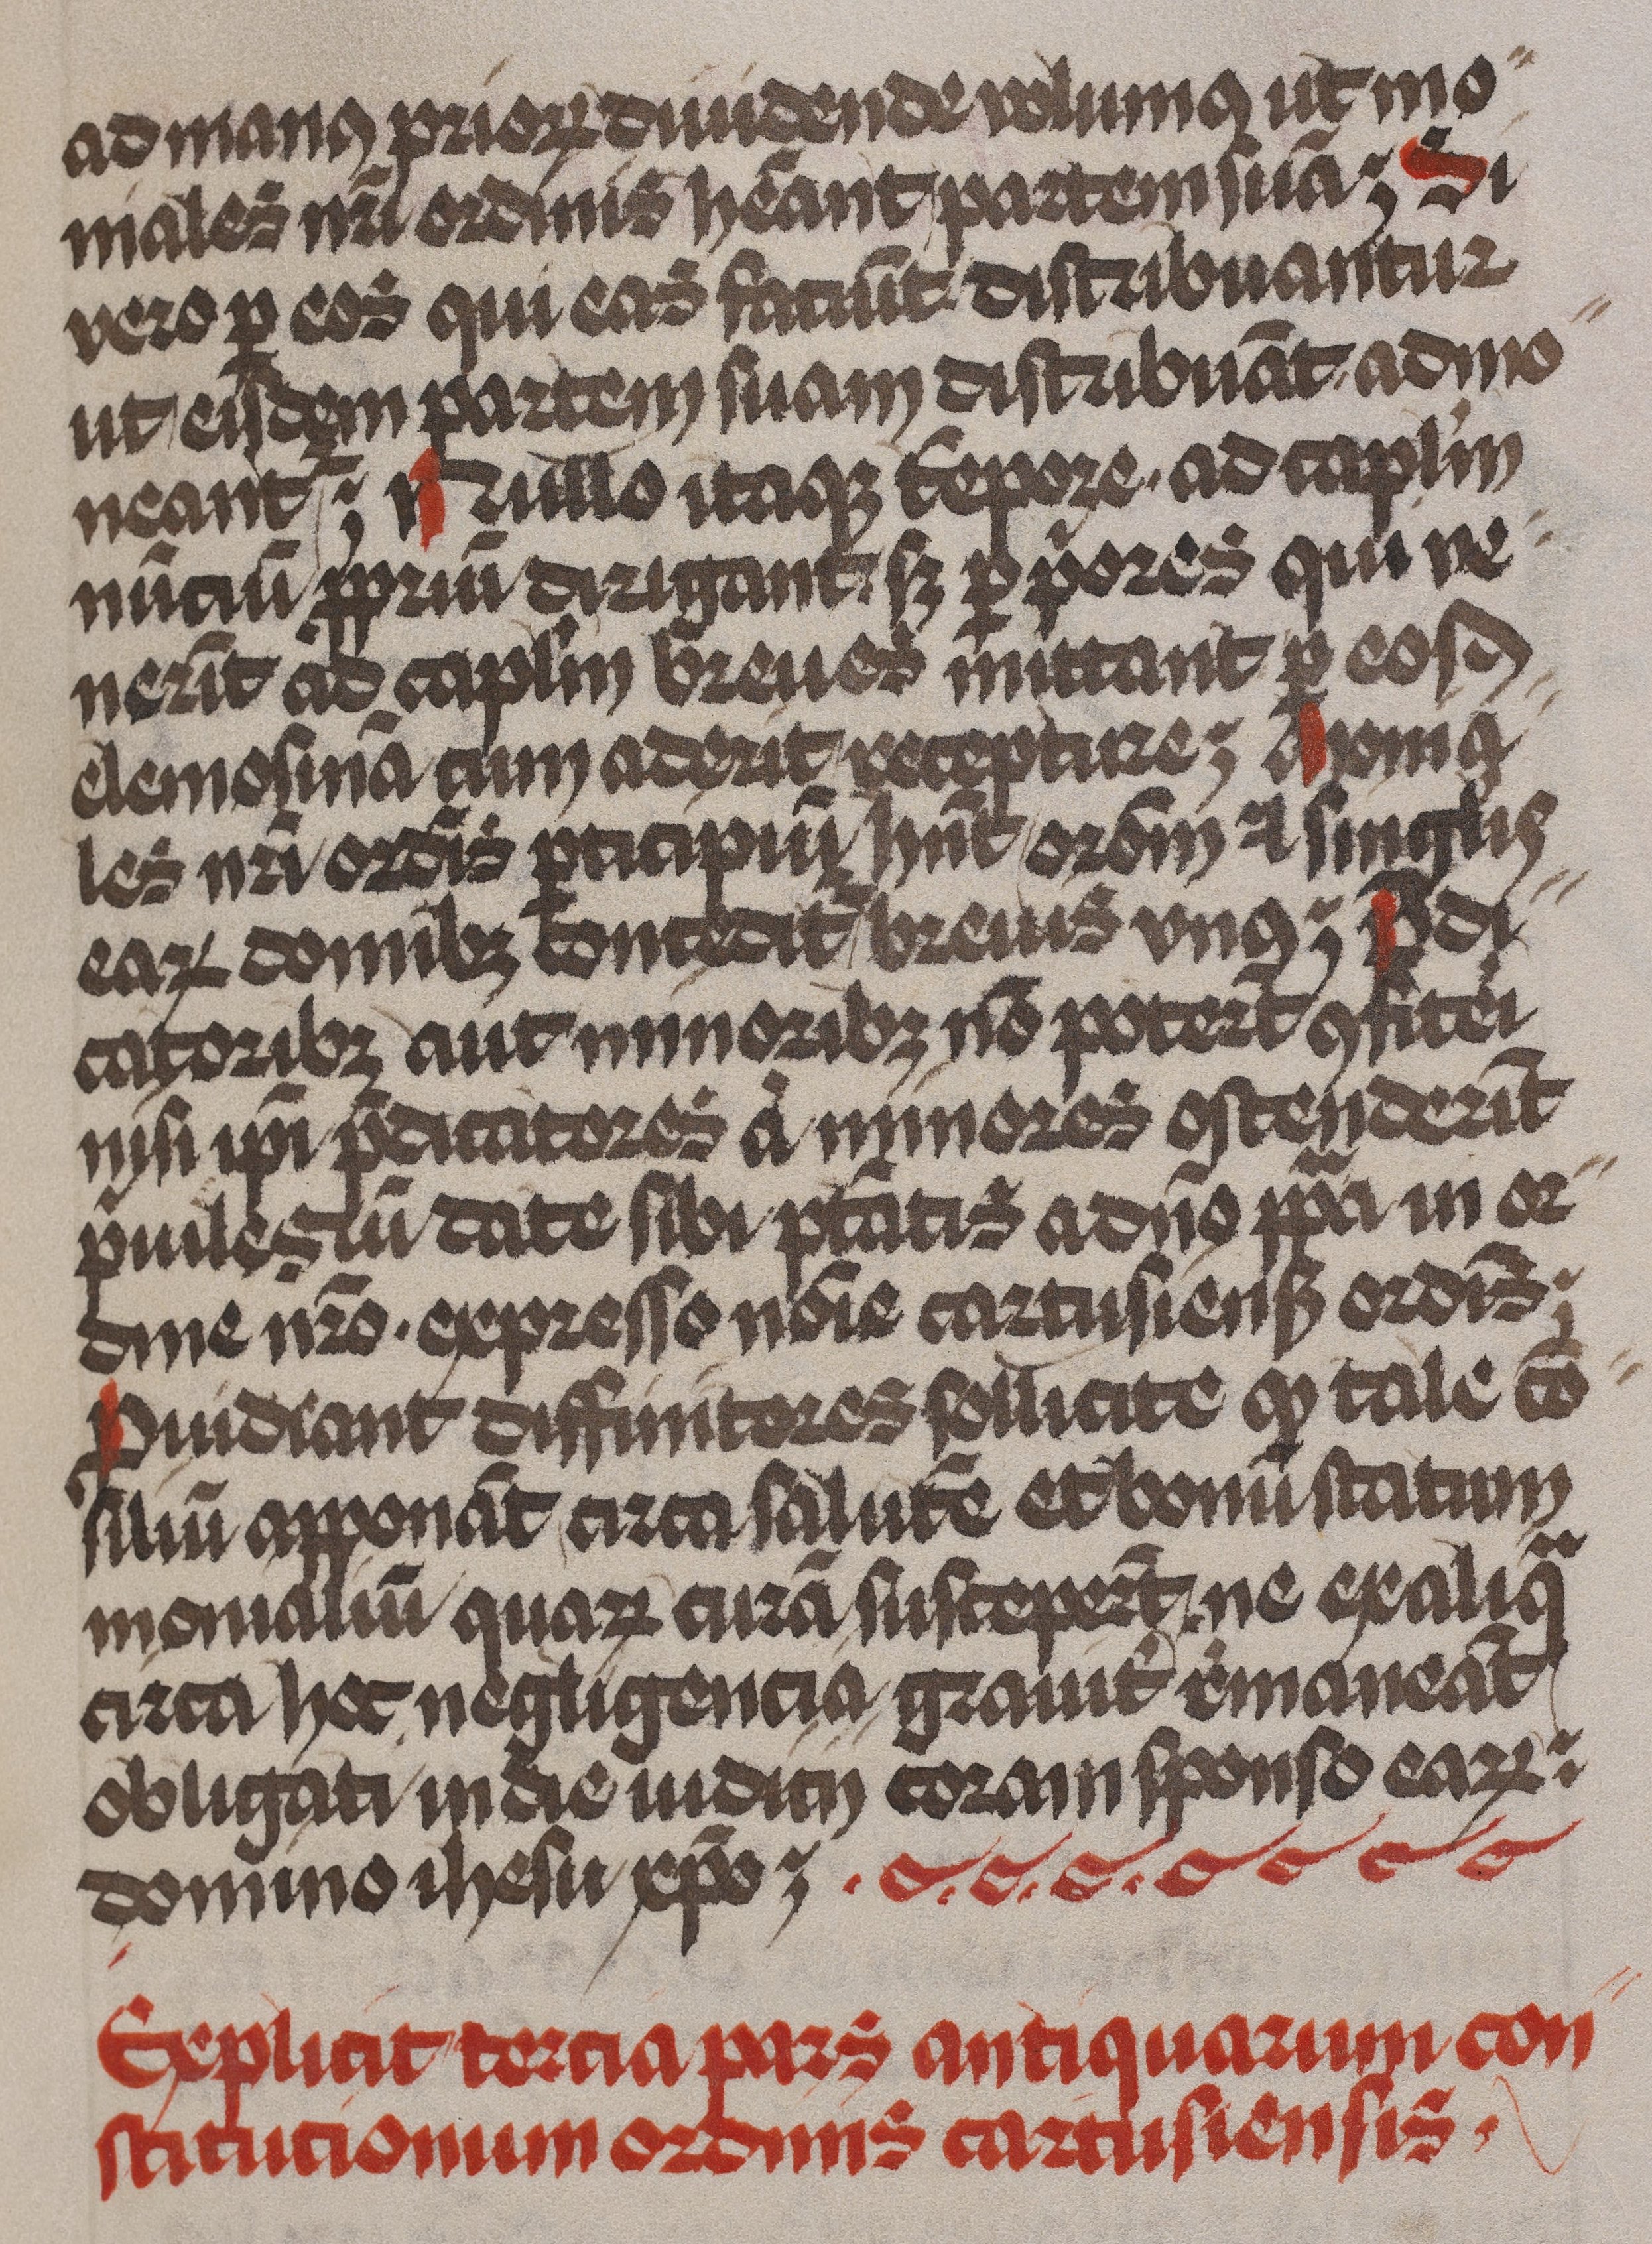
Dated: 1479–1479